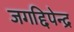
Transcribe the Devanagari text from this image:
जगद्दिपेन्द्र